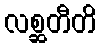
လစ္ဆတီတိ